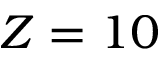
Z = 1 0